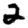
Digit: 2